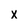
Character: x